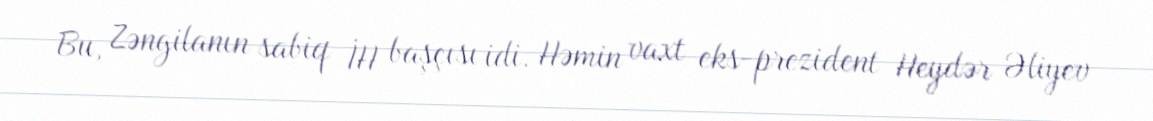
Bu, Zəngilanın sabiq İH başçısı idi. Həmin vaxt eks-prezident Heydər Əliyev